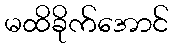
မထိခိုက်အောင်